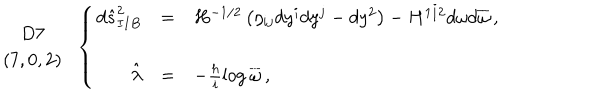
LaTeX: \begin{array} { c } { { D 7 } } \\ { { ( 7 , 0 , 2 ) } } \\ \end{array} \, \, \, \left\{ \begin{array} { r c l } { { d \hat { s } _ { I I B } ^ { 2 } } } & { { = } } & { { H ^ { - 1 / 2 } \left( \eta _ { i j } d y ^ { i } d y ^ { j } - d y ^ { 2 } \right) - H ^ { 1 / 2 } d \omega d \overline { { { \omega } } } \, , } } \\ { { } } & { { } } & { { } } \\ { { \hat { \lambda } } } & { { = } } & { { - \frac { h } { i } \log { \overline { { { \omega } } } } \, , } } \\ \end{array} \right.